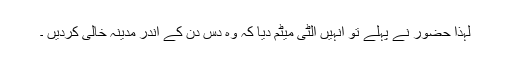
لہذا حضور نے پہلے تو انہیں الٹی میٹم دیا کہ وہ دس دن کے اندر مدینہ خالی کردیں ۔